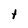
Character: t